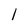
Character: 1